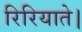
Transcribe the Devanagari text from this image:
रिरियाते।